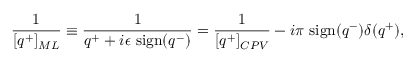
{ \frac { 1 } { [ q ^ { + } ] _ { M L } } } \equiv { \frac { 1 } { q ^ { + } + i \epsilon \ \mathrm { s i g n } ( q ^ { - } ) } } = { \frac { 1 } { [ q ^ { + } ] _ { C P V } } } - i \pi \ \mathrm { s i g n } ( q ^ { - } ) \delta ( q ^ { + } ) ,